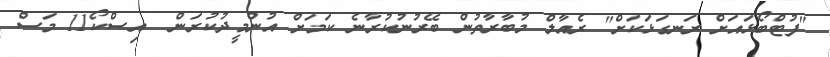
"ފުޓްބޯޅައަށް ރަނގަޅަކަށް" ރެއާލް މުބާރާތުން ބޭރުނުކުރާނެ ކަމަށް އުންމީދުކުރަން  އިސްކޯ11 މަސް